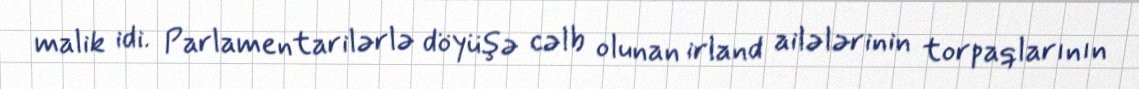
malik idi. Parlamentarilərlə döyüşə cəlb olunan irland ailələrinin torpaqlarının